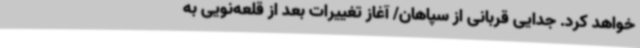
خواهد کرد. جدایی قربانی از سپاهان/ آغاز تغییرات بعد از قلعه‌نویی به